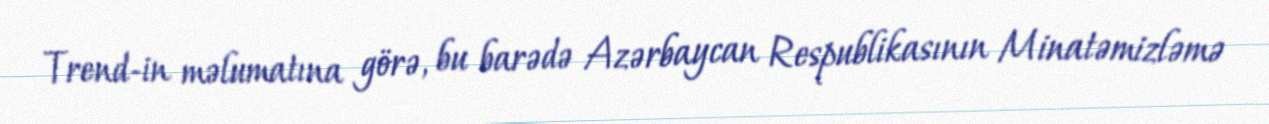
Trend-in məlumatına görə, bu barədə Azərbaycan Respublikasının Minatəmizləmə